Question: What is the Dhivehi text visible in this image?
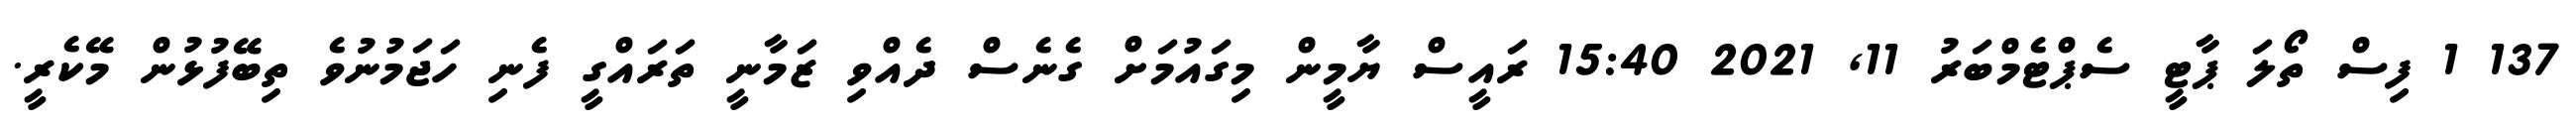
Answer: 137 1 ފިސް ތޯލަ ޕާޓީ ސެޕްޓެމްބަރު 11, 2021 15:40 ރައީސް ޔާމީން މިގައުމަށް ގެނެސް ދެއްވި ޒަމާނީ ތަރައްގީ ފެނި ހަޖަމުނުވެ ތިބޭފުޅުން މޭކެރީ.